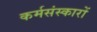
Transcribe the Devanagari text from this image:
कर्मसंस्कारों